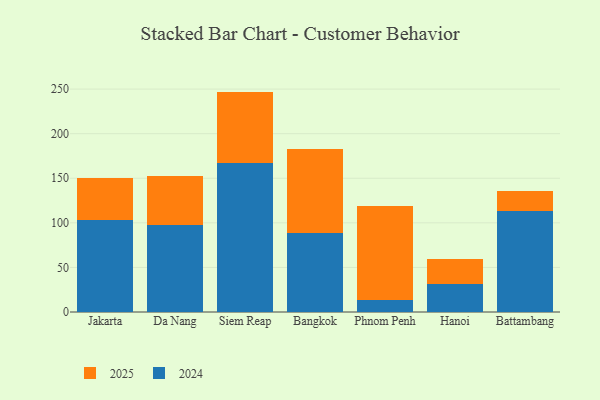
{"axis": {"x": "City", "y": "Gross Profit (USD K)"}, "legend": ["2024", "2025"], "data": [{"x": "Jakarta", "y": 47.3, "type": "2025"}, {"x": "Jakarta", "y": 103.4, "type": "2024"}, {"x": "Da Nang", "y": 55.7, "type": "2025"}, {"x": "Da Nang", "y": 97.3, "type": "2024"}, {"x": "Siem Reap", "y": 80.5, "type": "2025"}, {"x": "Siem Reap", "y": 166.7, "type": "2024"}, {"x": "Bangkok", "y": 94.4, "type": "2025"}, {"x": "Bangkok", "y": 88.2, "type": "2024"}, {"x": "Phnom Penh", "y": 105.9, "type": "2025"}, {"x": "Phnom Penh", "y": 13.2, "type": "2024"}, {"x": "Hanoi", "y": 28.0, "type": "2025"}, {"x": "Hanoi", "y": 31.3, "type": "2024"}, {"x": "Battambang", "y": 22.9, "type": "2025"}, {"x": "Battambang", "y": 113.2, "type": "2024"}]}